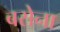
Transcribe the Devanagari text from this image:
बसेना